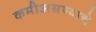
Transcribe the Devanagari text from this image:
कमीअसण्याचे